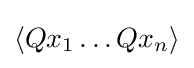
\langle Qx_{1}\dots Qx_{n}\rangle